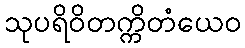
သုပရိဝိတက္ကိတံယေဝ